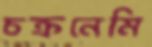
চক্রনেমি